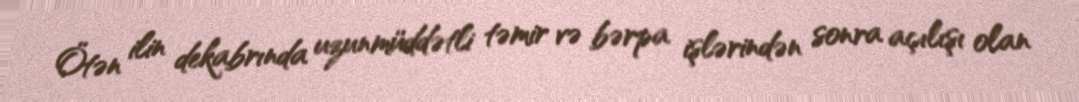
Ötən ilin dekabrında uzunmüddətli təmir və bərpa işlərindən sonra açılışı olan